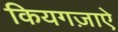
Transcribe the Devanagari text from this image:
कियगज़ाएे